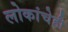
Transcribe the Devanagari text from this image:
लोकांचेही